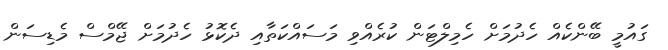
ގައުމީ ބޭންކެއް ހެދުމަށް ހެމިލްޓަން ކުރެއްވި މަސައްކަތާއި ދެކޮޅު ހެދުމަށް ޖޭމްސް މެޑިސަން